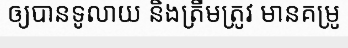
ឲ្យបានទូលាយ និងត្រឹមត្រូវ មានគម្រូ